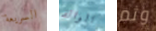
السريعة الوالد وثم